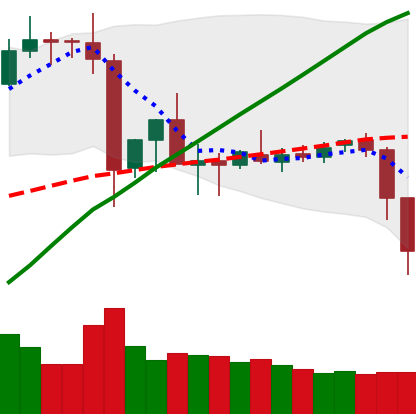
Ticker: ETC-USD
Chart end date: 2019-07-11
Forward return: -19.405%
Label: down_7plus